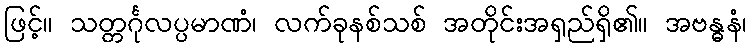
ဖြင့်။ သတ္တင်္ဂုလပ္ပမာဏံ၊ လက်ခုနစ်သစ် အတိုင်းအရှည်ရှိ၏။ အဗန္ဓနံ၊